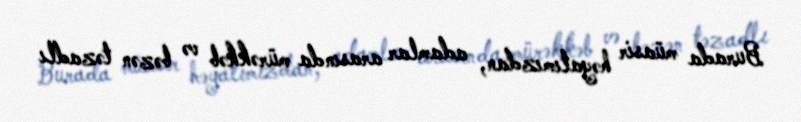
Burada müasir həyatımızdan, adamlar arasında mürəkkəb və bəzən təzadlı